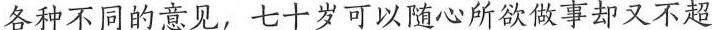
各种不同的意见，七十岁可以随心所欲做事却又不超